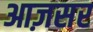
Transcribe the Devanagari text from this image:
आज़सर